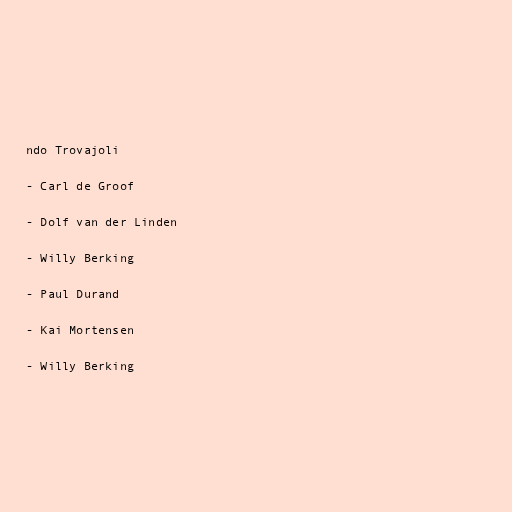
ndo Trovajoli

- Carl de Groof

- Dolf van der Linden

- Willy Berking

- Paul Durand

- Kai Mortensen

- Willy Berking